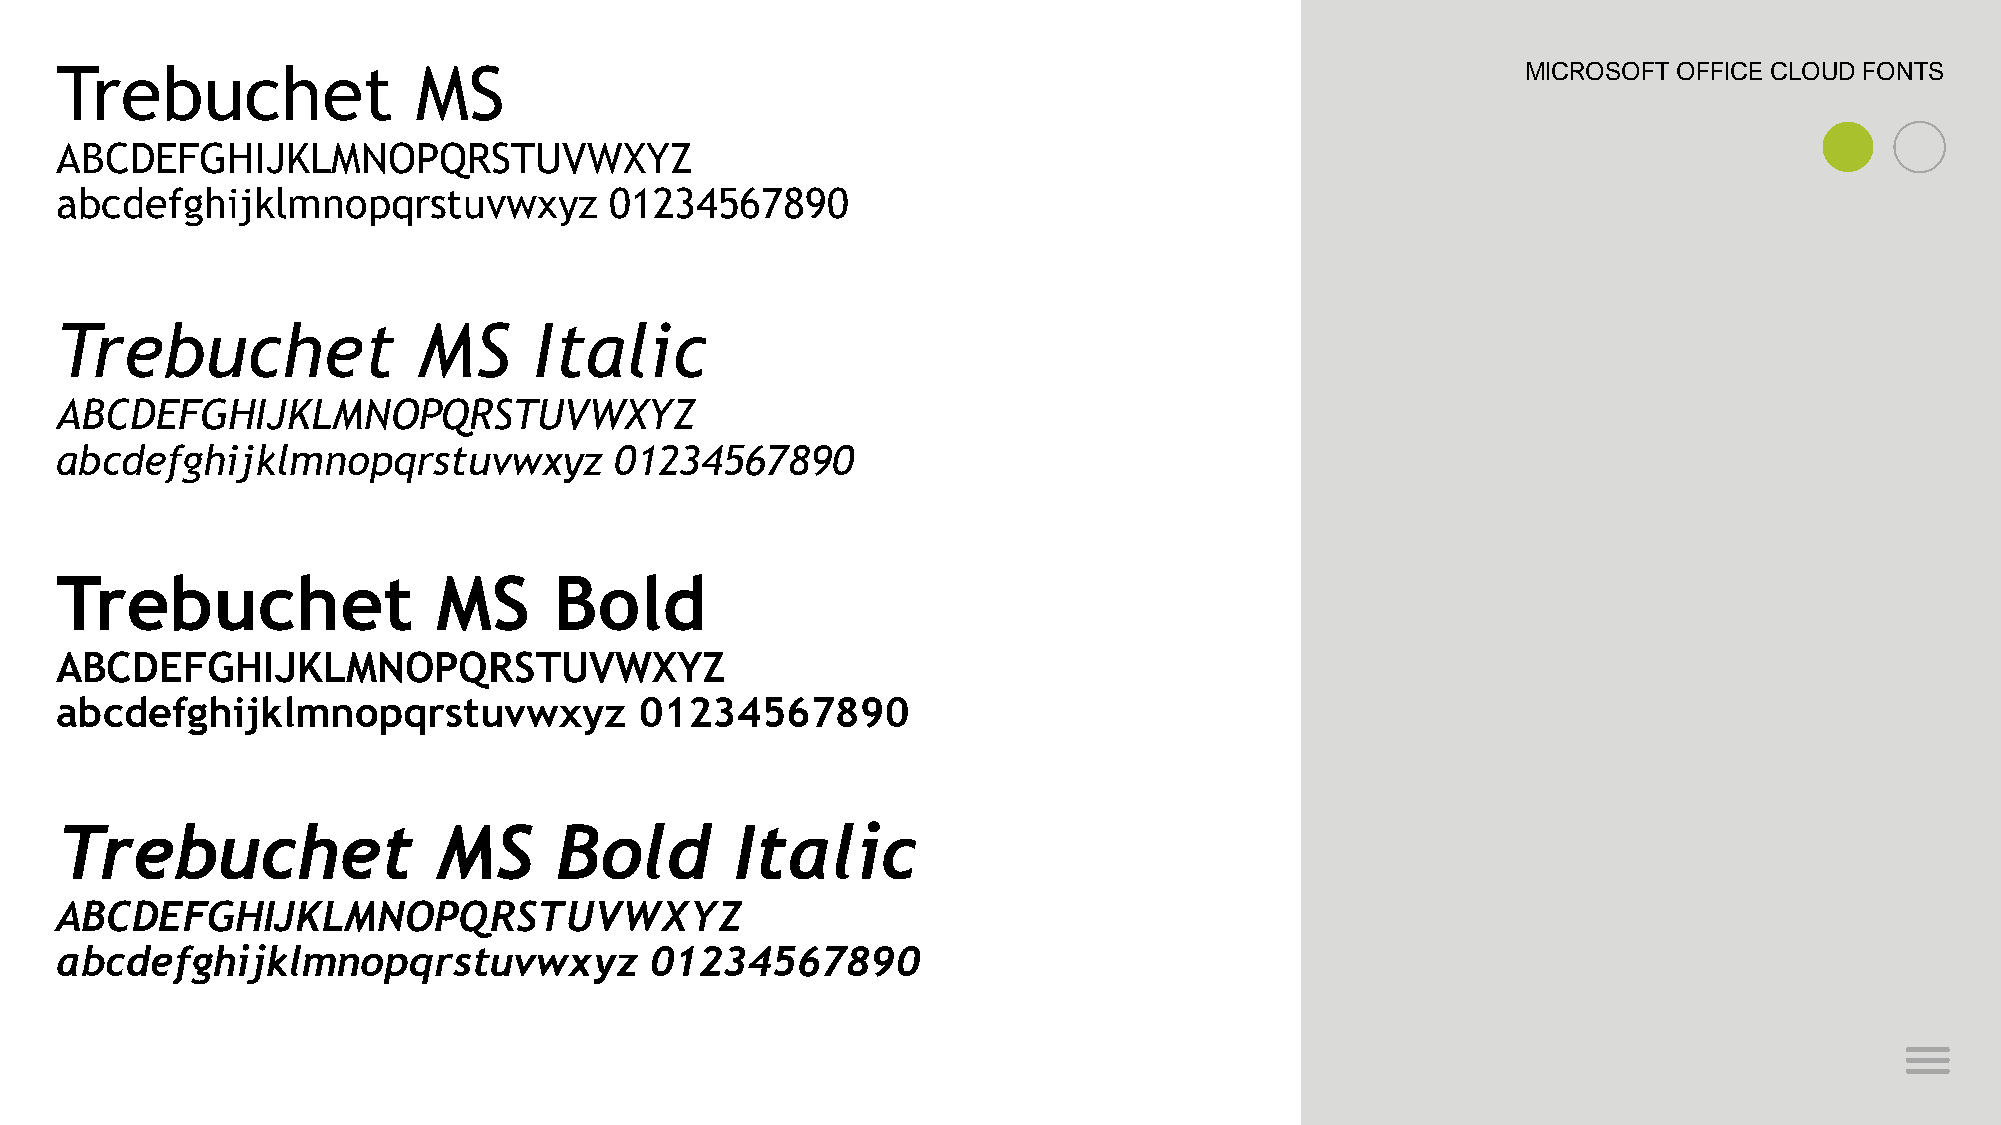
Trebuchet              MS                                                                        MICROSOFT OFFICE CLOUD FONTS
 ABCDEFGHIJKLMNOPQRSTUVWXYZ
 abcdefghijklmnopqrstuvwxyz          01234567890
 Trebuchet               MS     Italic
 ABCDEFGHIJKLMNOPQRSTUVWXYZ
 abcdefghijklmnopqrstuvwxyz           01234567890
 Trebuchet                MS      Bold
 ABCDEFGHIJKLMNOPQRSTUVWXYZ
 abcdefghijklmnopqrstuvwxyz            01234567890
 Trebuchet                MS      Bold        Italic
 ABCDEFGHIJKLMNOPQRSTUVWXYZ
 abcdefghijklmnopqrstuvwxyz             01234567890